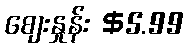
စျေးနှုန်း $5.99